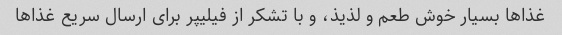
غذاها بسیار خوش طعم و لذیذ، و با تشکر از فیلیپر برای ارسال سریع غذاها